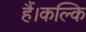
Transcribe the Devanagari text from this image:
हैं।कल्कि